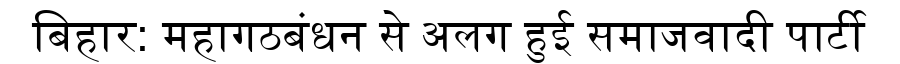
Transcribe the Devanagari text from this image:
बिहार: महागठबंधन से अलग हुई समाजवादी पार्टी